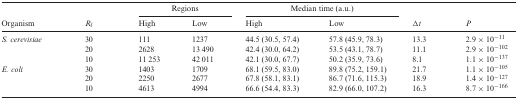
<table><thead><tr><td></td><td></td><td colspan="2"><b>Regions</b></td><td colspan="2"><b>Median time (a.u.)</b></td><td></td><td></td></tr><tr><td><b>Organism</b></td><td><b><i>R</i><sub><i>l</i></sub></b></td><td><b>High</b></td><td><b>Low</b></td><td><b>High</b></td><td><b>Low</b></td><td><b>Δ<i>t</i></b></td><td><b><i>P</i></b></td></tr></thead><tbody><tr><td><i>S. cerevisiae</i></td><td>30</td><td>111</td><td>1237</td><td>44.5 (30.5, 57.4)</td><td>57.8 (45.9, 78.3)</td><td>13.3</td><td>2.9 × 10<sup>−11</sup></td></tr><tr><td></td><td>20</td><td>2628</td><td>13 490</td><td>42.4 (30.0, 64.2)</td><td>53.5 (43.1, 78.7)</td><td>11.1</td><td>2.9 × 10<sup>−102</sup></td></tr><tr><td></td><td>10</td><td>11 253</td><td>42 011</td><td>42.1 (30.0, 67.7)</td><td>50.2 (35.9, 73.6)</td><td>8.1</td><td>1.1 × 10<sup>−137</sup></td></tr><tr><td><i>E. coli</i></td><td>30</td><td>1403</td><td>1709</td><td>68.1 (59.5, 83.0)</td><td>89.8 (75.2, 159.1)</td><td>21.7</td><td>1.1 × 10<sup>−105</sup></td></tr><tr><td></td><td>20</td><td>2250</td><td>2677</td><td>67.8 (58.1, 83.1)</td><td>86.7 (71.6, 115.3)</td><td>18.9</td><td>1.4 × 10<sup>−127</sup></td></tr><tr><td></td><td>10</td><td>4613</td><td>4994</td><td>66.6 (54.4, 83.3)</td><td>82.9 (66.0, 107.2)</td><td>16.3</td><td>8.7 × 10<sup>−166</sup></td></tr></tbody></table>